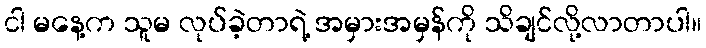
ငါ မနေ့က သူမ လုပ်ခဲ့တာရဲ့ အမှားအမှန်ကို သိချင်လို့လာတာပါ။